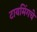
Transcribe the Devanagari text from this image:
टायमिंगचे